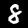
Digit: 8